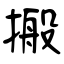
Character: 搬